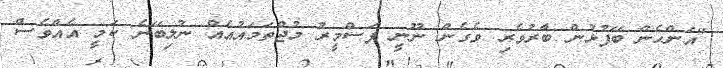
"އަންހެން ބޭފުޅުން ބާރުވެރި ވެގެން ނޫނީ ފަސްމީރު މުޖްތަމައުއެއް ނުލިބޭނެ ކަމީ އެއްވެސް